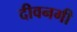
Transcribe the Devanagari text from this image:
दीवनगी